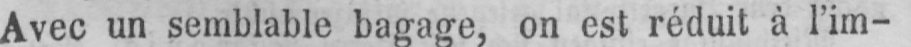
Avec un semblable bagage, on est réduit à l’im-